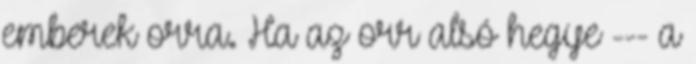
emberek orra. Ha az orr alsó hegye --- a